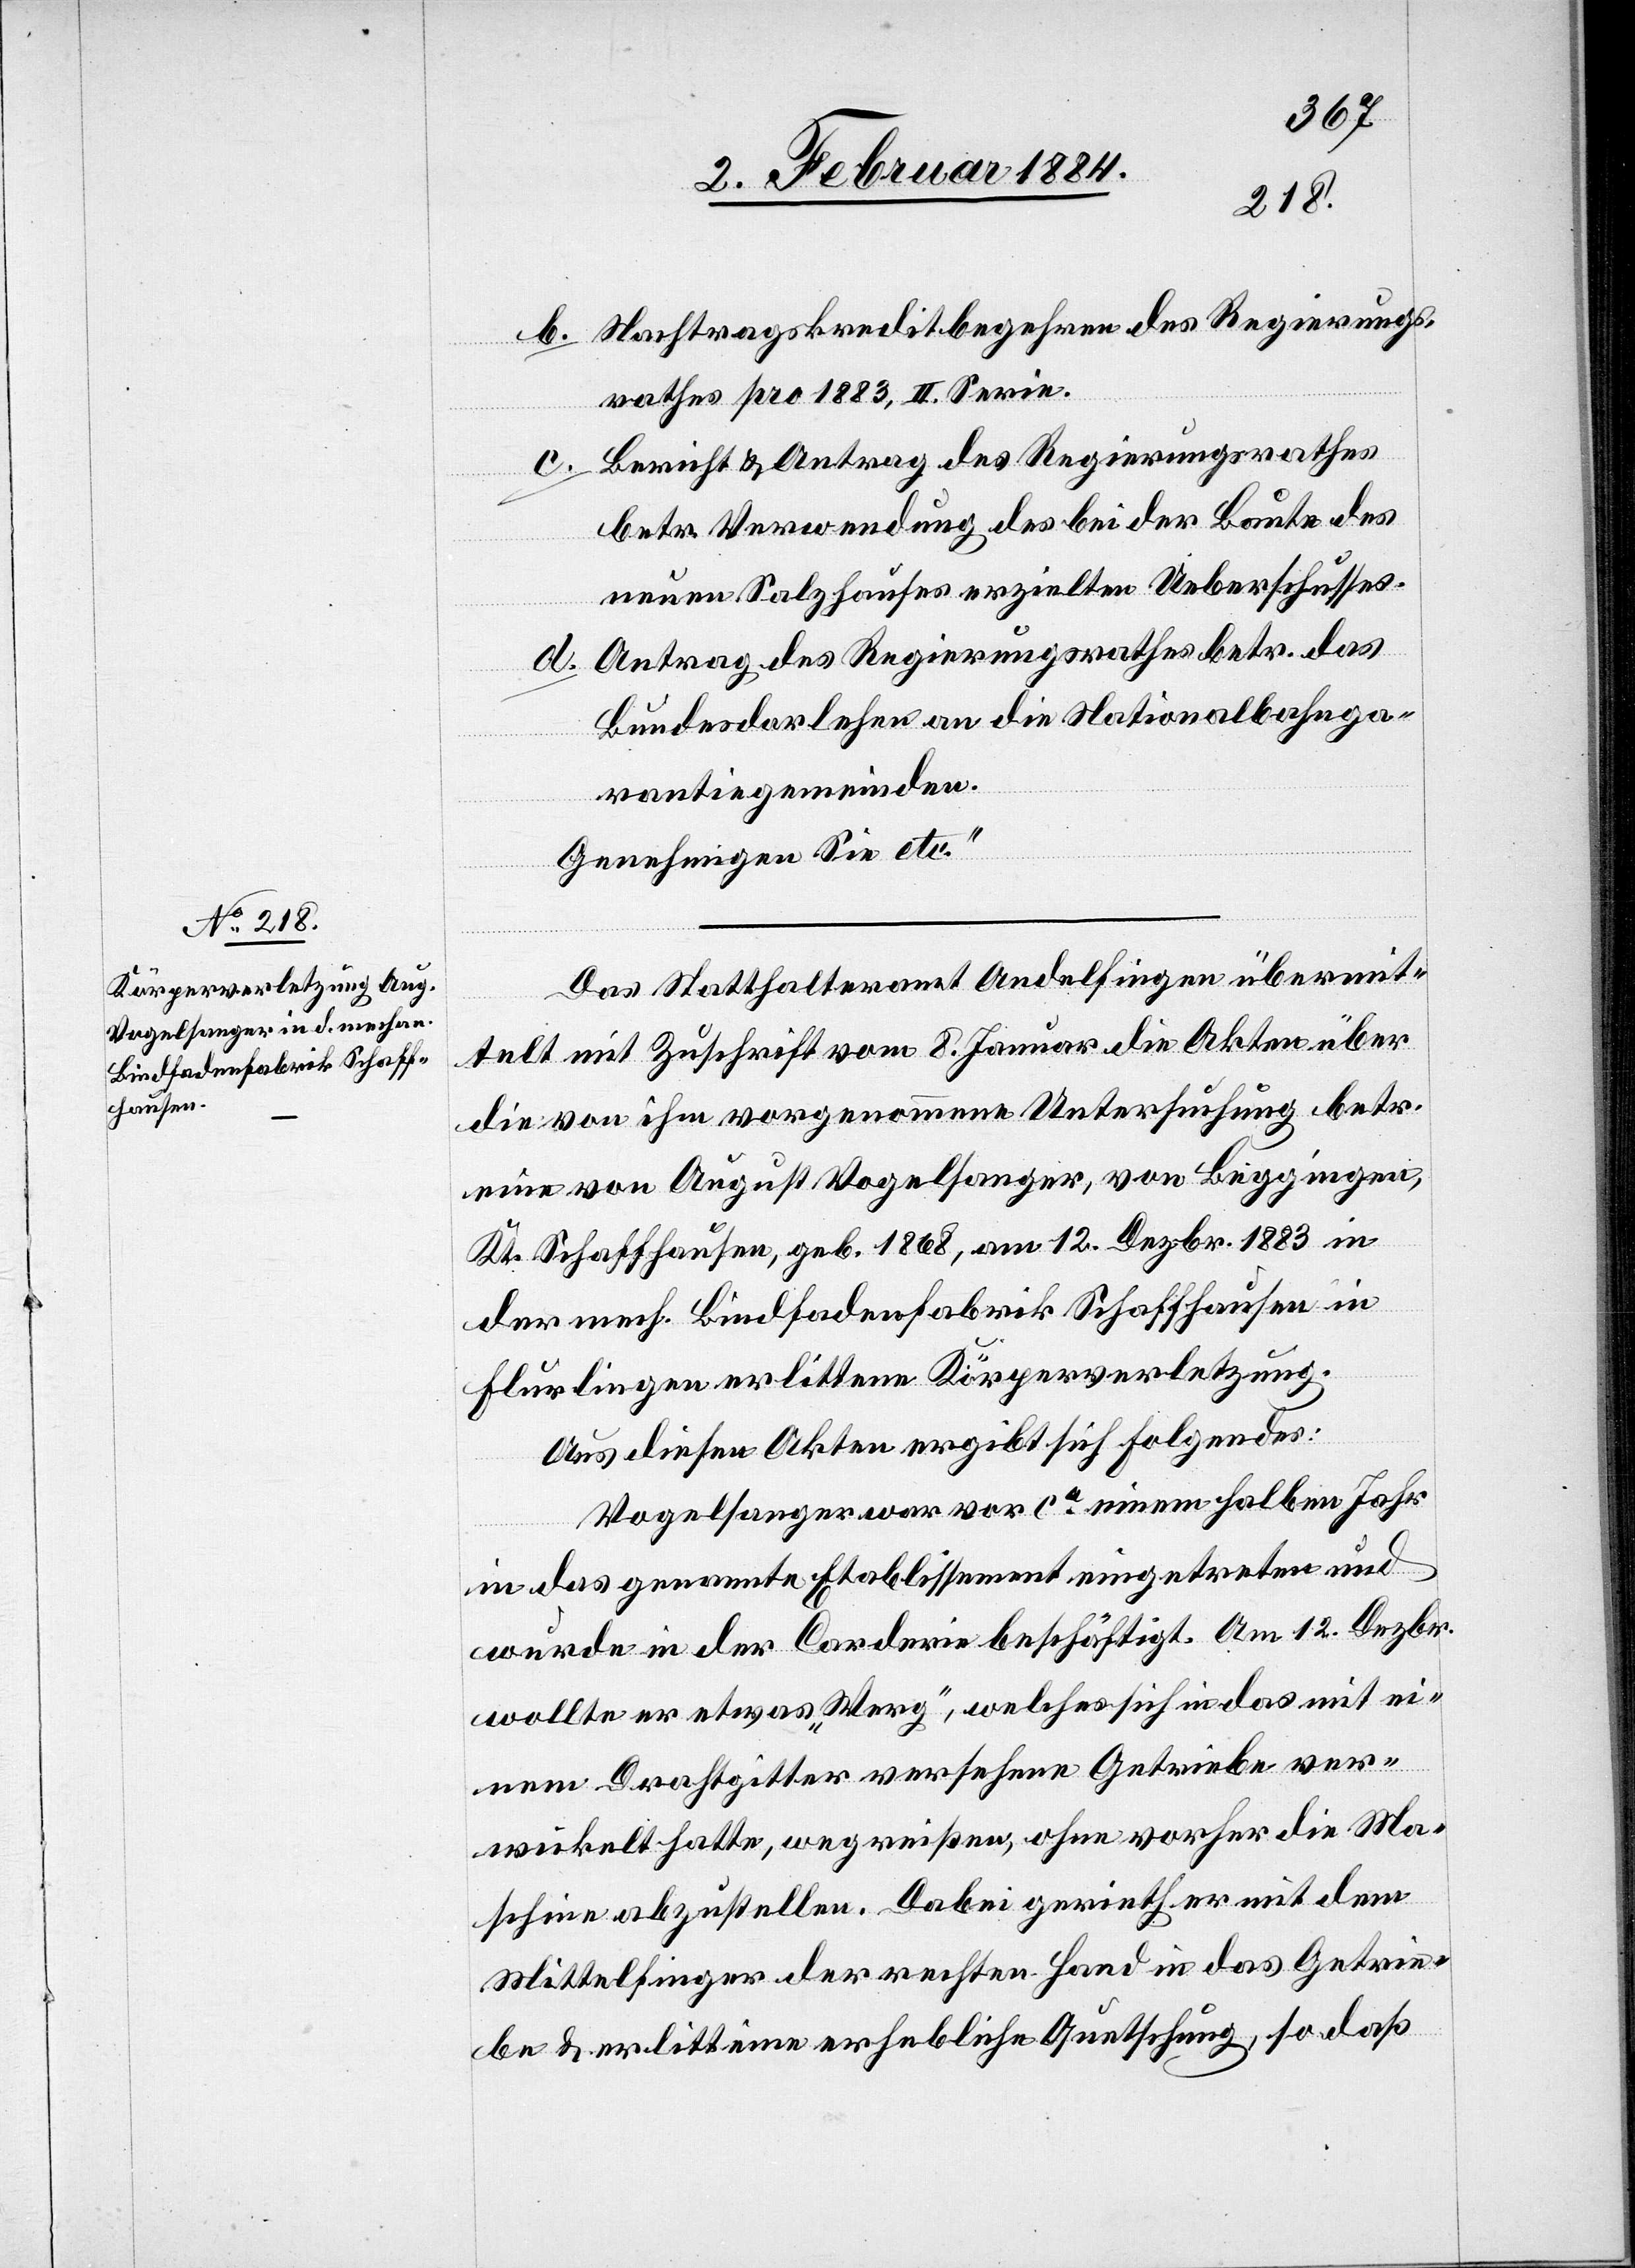
b. Nachtragskreditbegehren des Regierungs¬
rathes pro 1883, II. Serie.
Bericht & Antrag des Regierungsrathes
betr. Verwendung des bei der Baute des
neuen Salzhauses erzielten Ueberschusses.
Antrag des Regierungsrathes betr. das
Bundesdarlehen an die Nationalbahnga¬
rantiegemeinden.
Genehmigen Sie etc.“
Das Statthalteramt Andelfingen übermit¬
telt mit Zuschrift vom 8. Januar die Akten über
die von ihm vorgenommene Untersuchung betr.
eine von August Vogelsanger, von Beggingen,
Kt. Schaffhausen, geb. 1868, am 12. Dezbr. 1883 in
der mech. Bindfadenfabrik Schaffhausen in
Flurlingen erlittene Körperverletzung.
Aus diesen Akten ergibt sich Folgendes:
Vogelsanger war vor ca einem halben Jahr
in das genannte Etablissement eingetreten und
wurde in der Corderie beschäftigt. Am 12. Dezbr.
wollte er etwas „Werg“, welches sich in das mit ei¬
nem Drahtgitter versehene Getriebe ver¬
wickelt hatte, wegreißen, ohne vorher die Ma¬
schine abzustellen. Dabei gerieth er mit dem
Mittelfinger der rechten Hand in das Getrie¬
be & erlitt eine erhebliche Quetschung, so daß